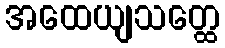
အထေယျသတ္ထေ